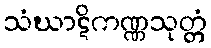
သံဃာဋိကဏ္ဏသုတ္တံ